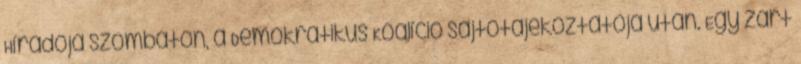
Híradója szombaton, a Demokratikus Koalíció sajtótájékoztatója után. Egy zárt